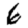
Digit: 6